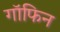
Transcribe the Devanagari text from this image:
गॉफिन